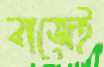
বাজেই